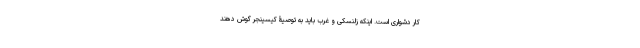
کار دشواری است. اینکه زلنسکی و غرب باید به توصیۀ کیسینجر گوش دهند